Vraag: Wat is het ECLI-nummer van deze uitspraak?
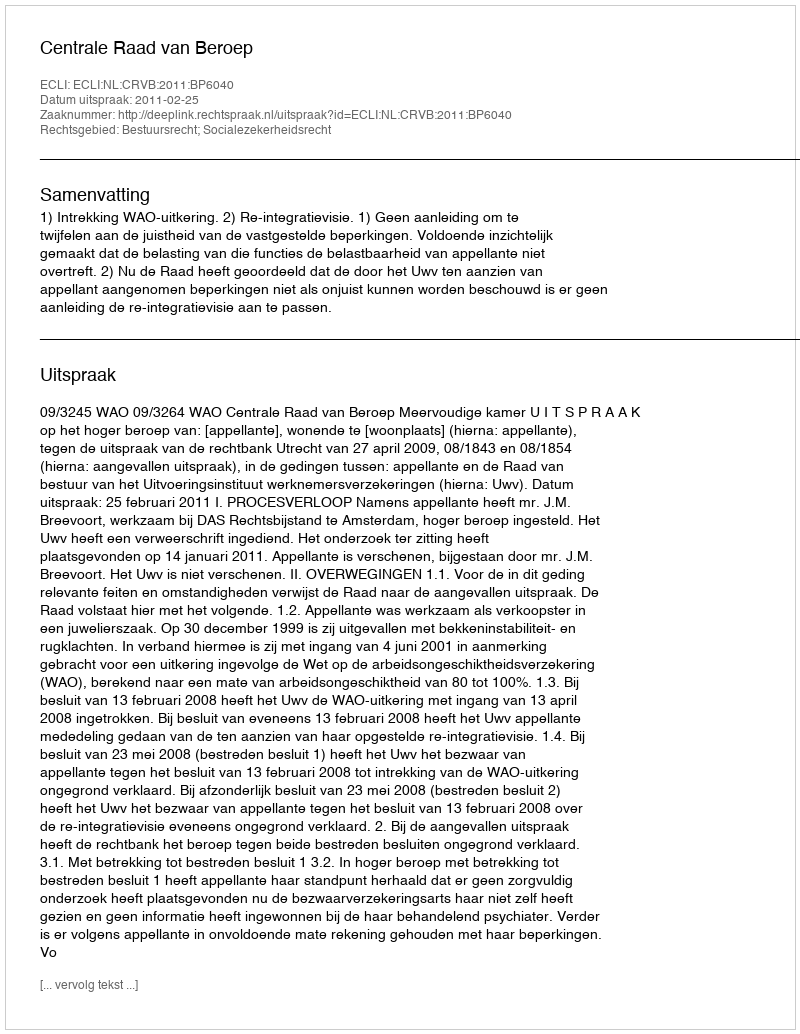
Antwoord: ECLI:NL:CRVB:2011:BP6040